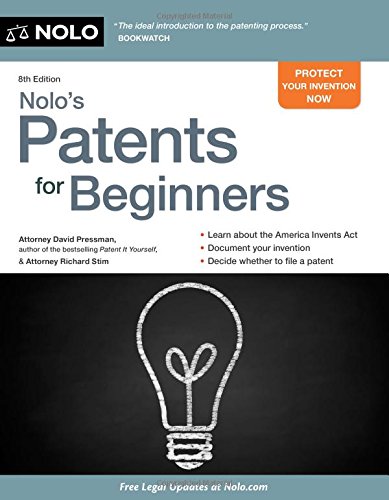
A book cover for Nolo's Patents for Beginners: Quick & Legal; David Pressman Attorney; Law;